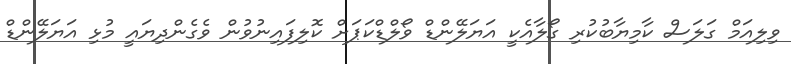
ވިލިއަމް ގަލަސް ކާމިޔާބުކުރި ގޯލާއެކީ އަޔަލޭންޑް ވޯލްޑްކަޕަށް ކޮލިފައިނުވުން ވެގެންދިޔައީ މުޅި އަޔަލޭންޑް